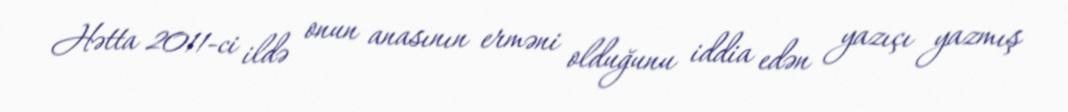
Hətta 2011-ci ildə onun anasının erməni olduğunu iddia edən yazıçı yazmış